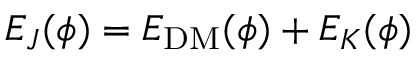
E _ { J } ( \phi ) = E _ { \mathrm { D M } } ( \phi ) + E _ { K } ( \phi )